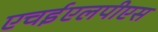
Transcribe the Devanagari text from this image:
एचईएलपीएस